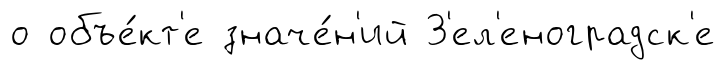
о объе́кт'е значе́н'ий З'ел'еноградск'е